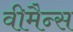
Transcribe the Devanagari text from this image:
वीमैन्स